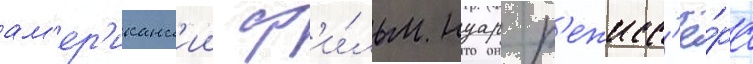
ам'ер'иканск'ии ф'и́льм нуар р'ежисс'ё́ра